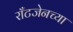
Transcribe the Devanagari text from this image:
राँटजेनच्या